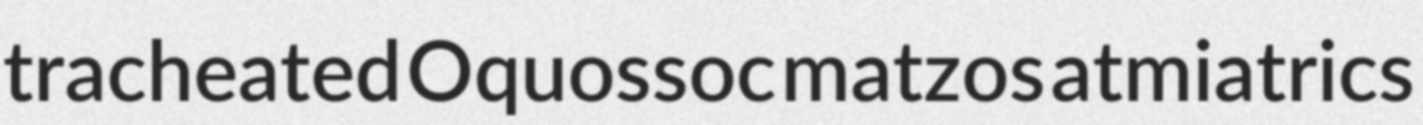
tracheated Oquossoc matzos atmiatrics